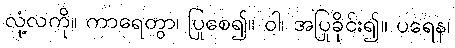
လုံ့လကို။ ကာရေတွာ၊ ပြုစေ၍။ ဝါ၊ အပြုခိုင်း၍။ ပရေန၊